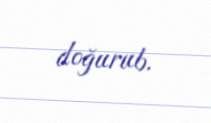
doğurub.